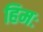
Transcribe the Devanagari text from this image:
हिमः